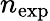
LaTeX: n_{\mathrm{exp}}